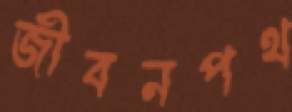
জীবনপথ